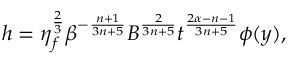
h = \eta _ { f } ^ { \frac { 2 } { 3 } } \beta ^ { - \frac { n + 1 } { 3 n + 5 } } B ^ { \frac { 2 } { 3 n + 5 } } t ^ { \frac { 2 \alpha - n - 1 } { 3 n + 5 } } \phi ( y ) ,